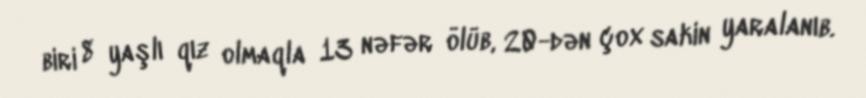
biri 8 yaşlı qız olmaqla 13 nəfər ölüb, 20-dən çox sakin yaralanıb.